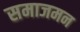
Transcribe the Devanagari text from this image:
समाजमन